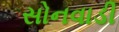
સોનવાડી